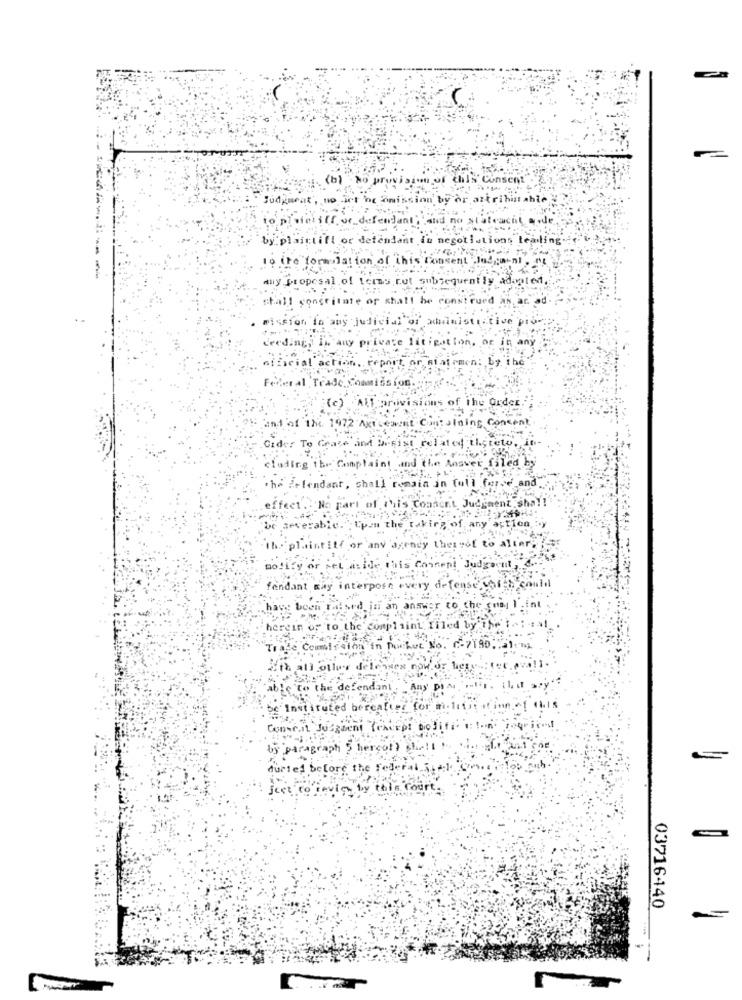
(b) No pr.
'm of this Consent
udgmeat , no ict oc omission by or artrihintahle
iopinietilfordel
by plaittill or defendant i
gotistions tealing
to the formulation of
may proposal of terms nut sul
quently adapted ...
shall constitute of shall be construed as a
mission in any judicial'of xdimistictive pro
ceeding, in any private litigation, or in any
official action, report, or Riafirmen: by the
Federal Trade Commission
(c) All privisions of the Order."
and of the 1972 Axe cement Containing Concent
Cider To Cease and Desist related thereto, i
cluding the Complaint and the Answer filed by
the defendant, shall remain in full force and.
effect. . 'No part of this Condont Judgment sha !! "
be severable."Upon the taking of any action, by
"Theplaintiff or any'agendy thereof to alter ;?
notify or set aside this Comment Judgment,
fondant may interpose every defense vhi -> conlil
cell raised in an answer to che (naj 1.int
herein of to the complaint filed by ffet
TI
Commission'in Porkut"
₾-7190.
at all oller delenges now.of hier
able to the defendant , " Any P
il at
.be'Instituted hereafter for militititine.of his
Conseil Justment (except biodifi ilin oui
by paragraph $ hercol chic !..
durles before the Federal .. ]
icet to jevich by this Court.
03716440